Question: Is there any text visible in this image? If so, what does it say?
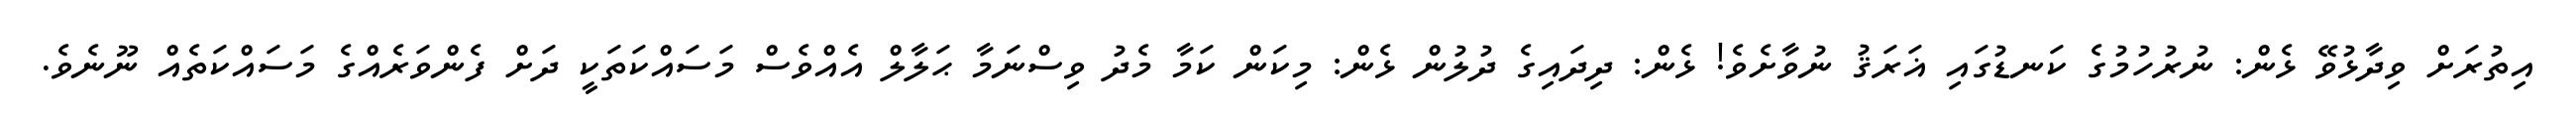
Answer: އިތުރަށް ވިދާޅުވޭ ޅެން: ނުރުހުމުގެ ކަނޑުގައި ޣަރަޤު ނުވާށެވެ! ޅެން: ދިދައިގެ ދުލުން ޅެން: މިކަން ކަމާ މެދު ވިސްނަމާ ޙަލާލް އެއްވެސް މަސައްކަތަކީ ދަށް ފެންވަރެއްގެ މަސައްކަތެއް ނޫނެވެ.